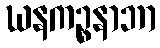
ဃနကဉ္စနာဘာ